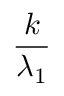
\frac { k } { \lambda _ { 1 } }